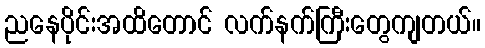
ညနေပိုင်းအထိတောင် လက်နက်ကြီးတွေကျတယ်။